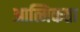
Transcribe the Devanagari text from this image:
आत्मिकता